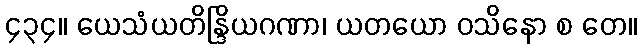
၄၃၄။ ယေသံယတိန္ဒြိယဂဏာ၊ ယတယော ဝသိနော စ တေ။